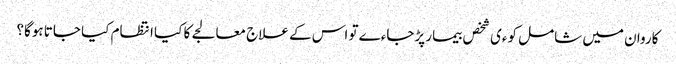
کاروان میں شامل کوءی شخص بیمار پڑجاءے تو اس کے علاج معالجے کا کیا انتظام کیا جاتا ہوگا؟